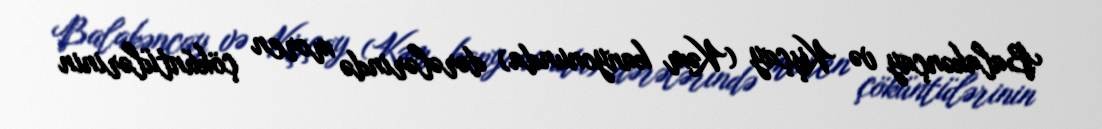
Balakənçay və Kişçay (Kəm kanyonunda) dərələrində moren çöküntülərinin